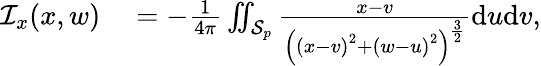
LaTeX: \begin{array}{rl}{\mathcal{I}_{x}(x,w)}&{{}=-\frac{1}{4\pi}\iint_{\mathcal{S}_{p}}\frac{x-v}{\left(\left(x-v\right)^{2}+\left(w-u\right)^{2}\right)^{\frac{3}{2}}}\mathrm{d}u\mathrm{d}v,}\end{array}